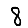
Digit: 8